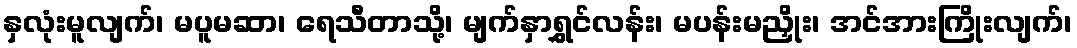
နှလုံးမူလျက်၊ မပူမဆာ၊ ရေသီတာသို့၊ မျက်နှာရွှင်လန်း၊ မပန်းမညှိုး၊ အင်အားကြိုးလျက်၊